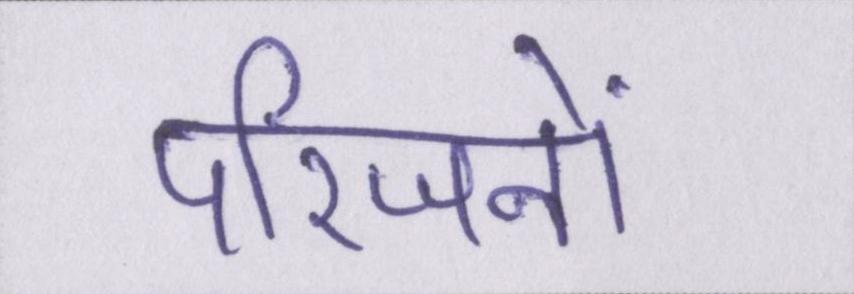
परिजनों